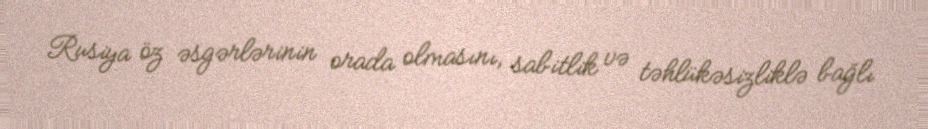
Rusiya öz əsgərlərinin orada olmasını, sabitlik və təhlükəsizliklə bağlı